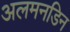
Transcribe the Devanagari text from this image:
अलमनडिन